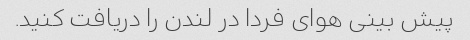
پیش بینی هوای فردا در لندن را دریافت کنید.